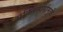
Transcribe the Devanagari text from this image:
भक्तिमार्गामुळे